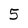
Character: 5